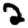
Digit: 2